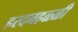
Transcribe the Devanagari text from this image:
हरदनहळ्ळी